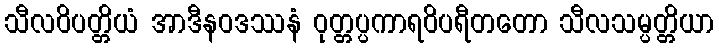
သီလဝိပတ္တိယံ အာဒီနဝဒဿနံ ဝုတ္တပ္ပကာရဝိပရီတတော သီလသမ္ပတ္တိယာ